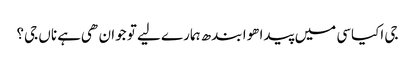
جی اکیاسی میں پیدا هوا بندھ ہمارے لیے تو جوان هی ہے ناں جی؟